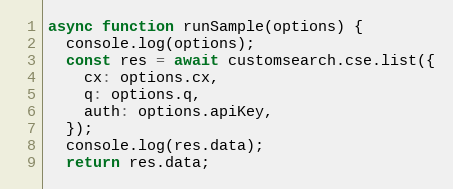
Language: JavaScript
async function runSample(options) {
  console.log(options);
  const res = await customsearch.cse.list({
    cx: options.cx,
    q: options.q,
    auth: options.apiKey,
  });
  console.log(res.data);
  return res.data;